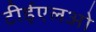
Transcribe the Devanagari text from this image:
टीईएलओ